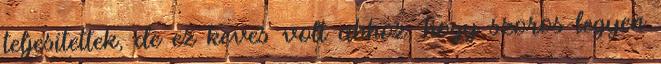
teljesítettek, de ez kevés volt ahhoz, hogy szoros legyen